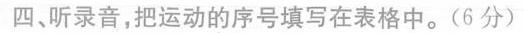
四、听录音，把运动的序号填写在表格中。(6分)